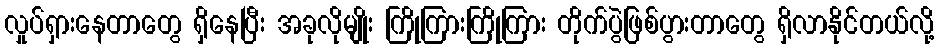
လှုပ်ရှားနေတာတွေ ရှိနေပြီး အခုလိုမျိုး ကြိုကြားကြိုကြား တိုက်ပွဲဖြစ်ပွားတာတွေ ရှိလာနိုင်တယ်လို့